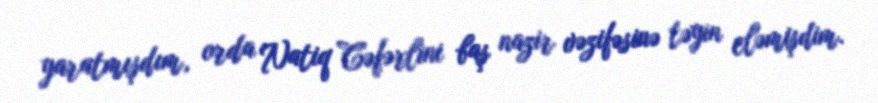
yaratmışdım, orda Natiq Cəfərlini baş nazir vəzifəsinə təyin eləmişdim.